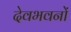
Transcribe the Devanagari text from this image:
देवभवनों